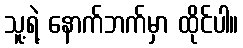
သူ့ရဲ့ နောက်ဘက်မှာ ထိုင်ပါ။